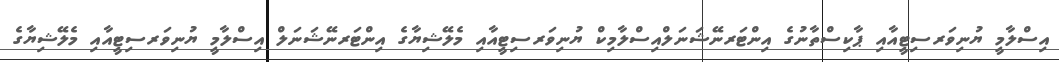
އިސްލާމީ ޔުނިވަރސިޓީއާއި ޕާކިސްތާނުގެ އިންޓަރނޭޝަނަލްއިސްލާމިކް ޔުނިވަރސިޓީއާއި މެލޭޝިޔާގެ އިންޓަރނޭޝަނަލް އިސްލާމީ ޔުނިވަރސިޓީއާއި މެލޭޝިޔާގެ